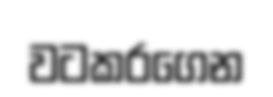
වටකරගෙන